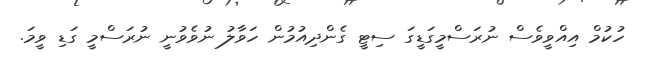
ހުކުމް އިއްވީވެސް ނުރަސްމީގަޑީގަ ސިޓީ ގެންދިއުމުން ހަވާލު ނުވެވުނީ ނުރަސްމީ ގަޑި ވީމަ.